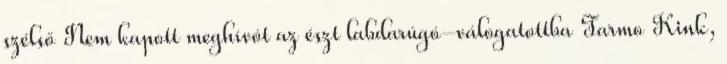
szélső Nem kapott meghívót az észt labdarúgó-válogatottba Tarmo Kink,